Indian journal of veterinary science and animal husbandry - Volume 2,
Year: 1932
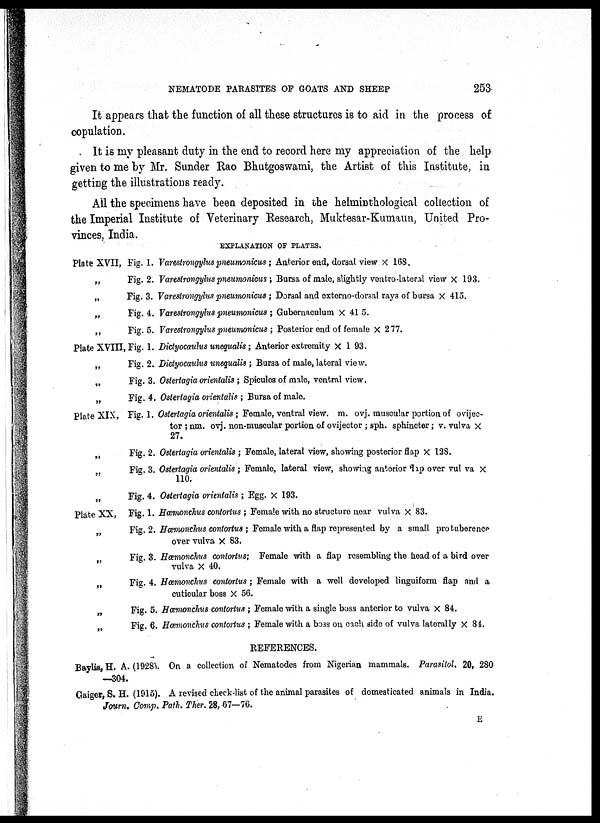
NEMATODE PARASITES OF GOATS AND SHEEP
253
It appears that the function of all these structures is to aid in the process of
copulation.
It is my pleasant duty in the end to record here my appreciation of the help
given to me by Mr. Sunder Rao Bhutgoswami, the Artist of this Institute, in
getting the illustrations ready.
All the specimens have been deposited in the helminthological collection of
the Imperial Institute of Veterinary Research, Muktesar-Kumaun, United Pro-
vinces, India.
EXPLANATION OF PLATES.
Plate XVII, Fig. 1. Varestrongylus pneumonicus; Anterior end, dorsal view X 168.
„
Fig. 2. Varestrongylus pneumonicus ; Bursa of male, slightly ventro-lateral view X 193.
„
Fig. 3. Varestrongylus pneumonicus ; Dorsal and externo-dorsal rays of bursa X 415.
„
Fig. 4. Varestrongylus pneumonicus ; Gubernaculum X 415.
„
Fig. 5. Varestrongylus pneumonicus ; Posterior end of female X 277.
Plate XVIII, Fig. 1. Dictyocaulus unequalis ; Anterior extremity X 193.
„
Fig. 2. Dictyocaulus unequalis ; Bursa of male, lateral view.
„
Fig. 3. Ostertagia orientalis; Spicules of male, ventral view.
„
Fig. 4. Ostertagia orientalis ; Bursa of male.
Plate XIX, Fig. 1. Ostertagia orientalis; Female, ventral view. m. ovj. muscular portion of ovijec¬
tor ; nm. ovj. non-muscular portion of ovijector ; sph. sphincter; v. vulva x
27.
„
Fig. 2. Ostertagia orientalis ; Female, lateral view, showing posterior flap X 128.
Fig. 3. Ostertagia orientalis ; Female, lateral view, showing anterior flap over vulva X
110.
„
Fig. 4. Ostertagia orientalis ; Egg. X 193.
Plate XX, Fig. 1. Hæmonchus coitortus ; Female with no structure near vulva X 83.
„ Fig. 2. Hæmonchus contortus ; Female with a flap represented by a small protuberence
over vulva X 83.
„ Fig. 3. Hæmonchus contortus; Female with a flap resembling the head of a bird over
vulva X 40.
„ Fig. 4. Hæmonchus contortus; Female with a well developed linguiform flap and a
cuticular boss X 56.
„
Fig. 5. Hæmonchus contortus ; Female with a single boss anterior to vulva X 84.
„ Fig. 6. Hæmonchus contortus ; Female with a boss on each side of vulva laterally X 84.
REFERENCES.
Baylis, H. A. (1928). On a collection of Nematodes from Nigerian mammals. Parasitol. 20, 280
—304.
Gaiger, S. H. (1915). A revised check-list of the animal parasites of domesticated animals in India.
Journ. Comp. Path. Ther. 28, 67—76.
E